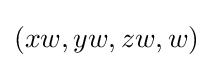
(xw,yw,zw,w)